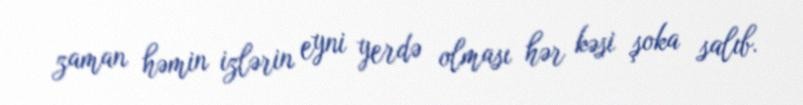
zaman həmin izlərin eyni yerdə olması hər kəsi şoka salıb.